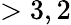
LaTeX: >3,2